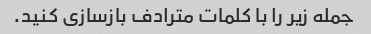
جمله زیر را با کلمات مترادف بازسازی کنید.